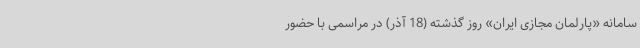
سامانه «پارلمان مجازی ایران» روز گذشته (18 آذر) در مراسمی با حضور